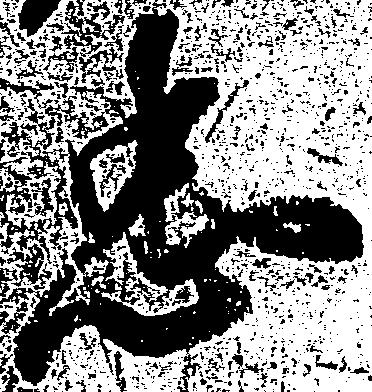
忠